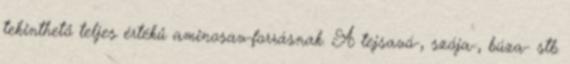
tekinthető teljes értékű aminosav-forrásnak. A tejsavó-, szója-, búza- stb